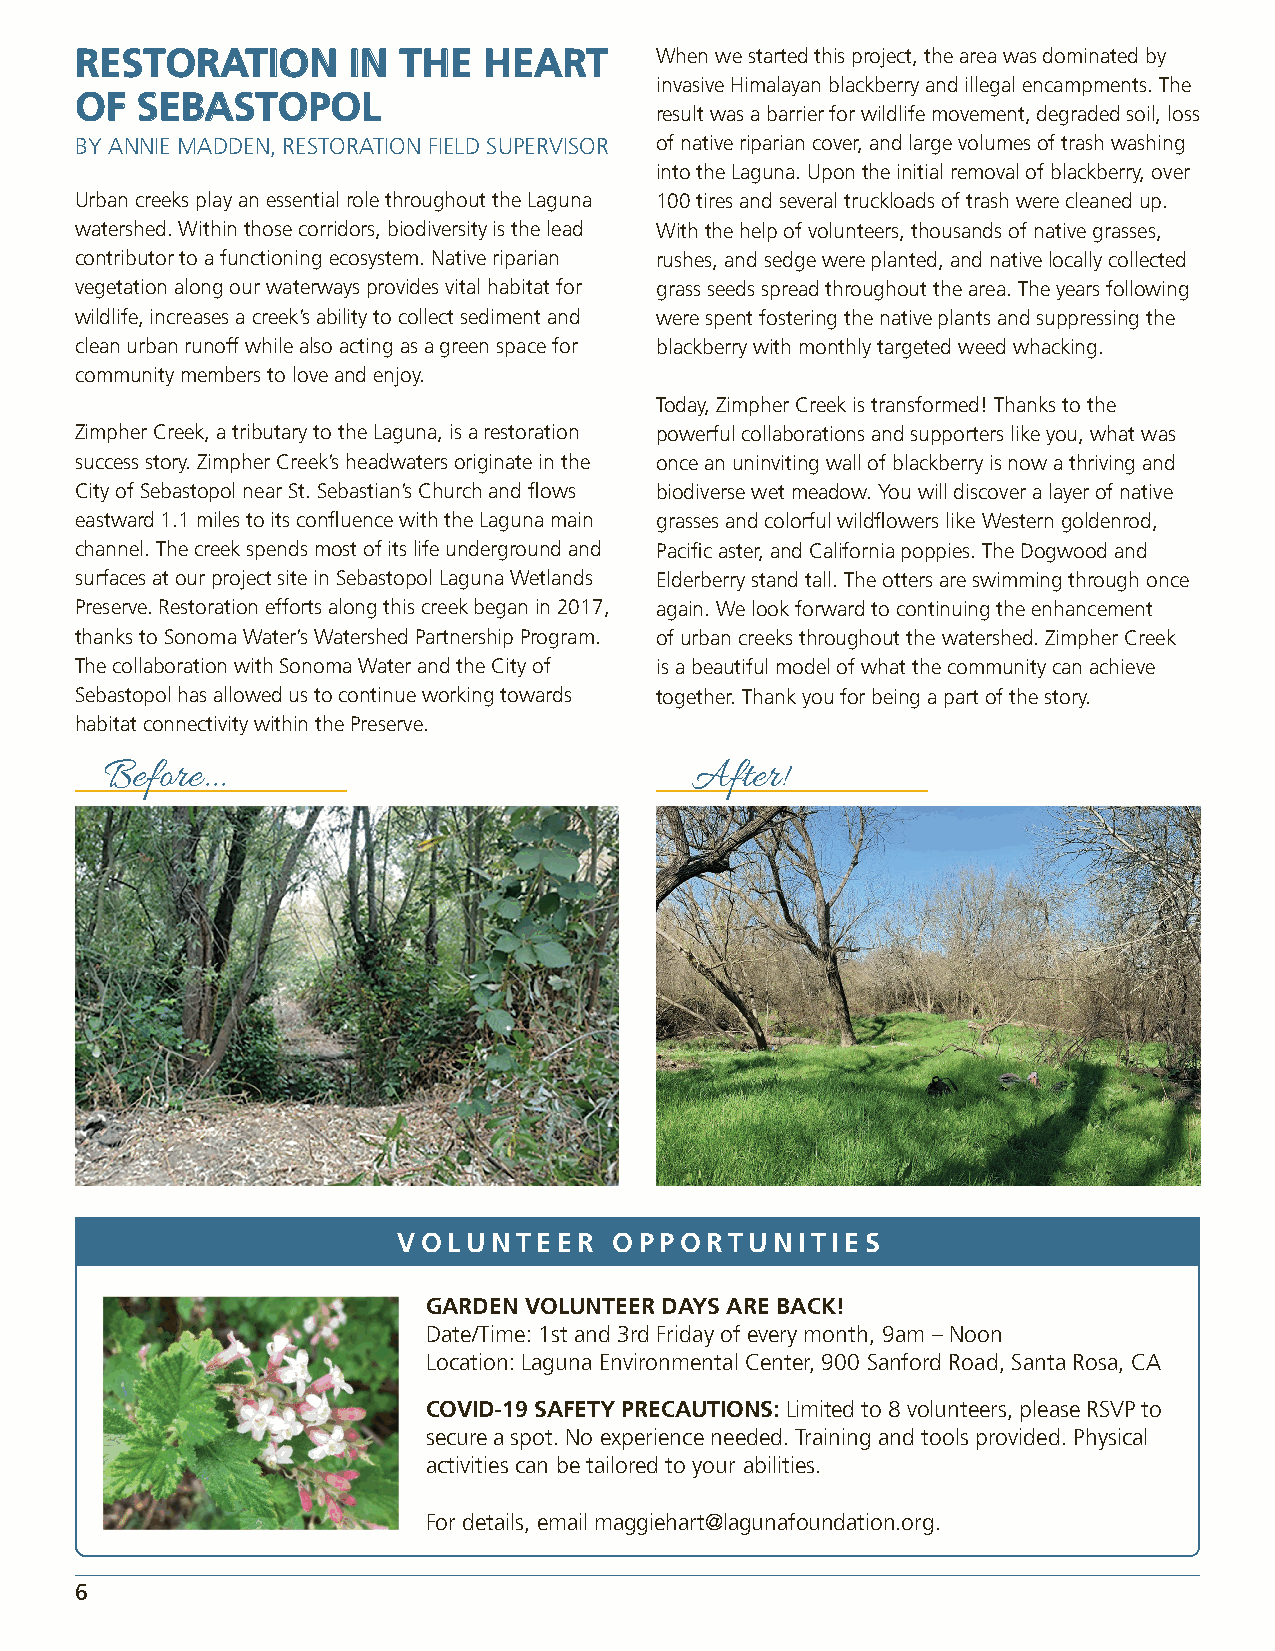
RREESSTTOORRAATTIIOONN IINN TTHHEE HHEEAARRTT When we started this project, the area was dominated by
 invasive Himalayan blackberry and illegal encampments. The
 OOFF SSEEBBAASSTTOOPPOOLL
 result was a barrier for wildlife movement, degraded soil, loss
 BY ANNIE MADDEN, RESTORATION FIELD SUPERVISOR of native riparian cover, and large volumes of trash washing
 into the Laguna. Upon the initial removal of blackberry, over
 Urban creeks play an essential role throughout the Laguna 100 tires and several truckloads of trash were cleaned up.
 watershed. Within those corridors, biodiversity is the lead With the help of volunteers, thousands of native grasses,
 contributor to a functioning ecosystem. Native riparian rushes, and sedge were planted, and native locally collected
 vegetation along our waterways provides vital habitat for grass seeds spread throughout the area. The years following
 wildlife, increases a creek’s ability to collect sediment and were spent fostering the native plants and suppressing the
 clean urban runoff while also acting as a green space for blackberry with monthly targeted weed whacking.
 community members to love and enjoy.
 Today, Zimpher Creek is transformed! Thanks to the
 Zimpher Creek, a tributary to the Laguna, is a restoration powerful collaborations and supporters like you, what was
 success story. Zimpher Creek’s headwaters originate in the once an uninviting wall of blackberry is now a thriving and
 City of Sebastopol near St. Sebastian’s Church and flows biodiverse wet meadow. You will discover a layer of native
 eastward 1.1 miles to its confluence with the Laguna main grasses and colorful wildflowers like Western goldenrod,
 channel. The creek spends most of its life underground and Pacific aster, and California poppies. The Dogwood and
 surfaces at our project site in Sebastopol Laguna Wetlands Elderberry stand tall. The otters are swimming through once
 Preserve. Restoration efforts along this creek began in 2017, again. We look forward to continuing the enhancement
 thanks to Sonoma Water’s Watershed Partnership Program. of urban creeks throughout the watershed. Zimpher Creek
 The collaboration with Sonoma Water and the City of is a beautiful model of what the community can achieve
 Sebastopol has allowed us to continue working towards together. Thank you for being a part of the story.
 habitat connectivity within the Preserve.
 Before...                              After!
 VOLUNTEER      OPPORTUNITIES
 GARDEN VOLUNTEER DAYS ARE BACK!
 Date/Time: 1st and 3rd Friday of every month, 9am – Noon
 Location: Laguna Environmental Center, 900 Sanford Road, Santa Rosa, CA
 COVID-19 SAFETY PRECAUTIONS: Limited to 8 volunteers, please RSVP to
 secure a spot. No experience needed. Training and tools provided. Physical
 activities can be tailored to your abilities.
 For details, email maggiehart@lagunafoundation.org.
 6